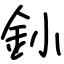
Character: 釥